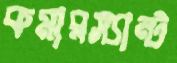
কমারস্যান্ট